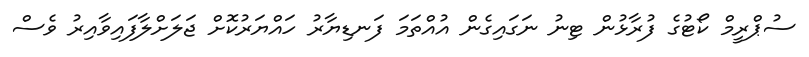
ސުޕްރީމް ކޯޓުގެ ފުރާޅުން ޓިނު ނަގައިގެން އުއްތަމަ ފަނޑިޔާރު ހައްޔަރުކޮށް ޖަލަށްލާފައިވާއިރު ވެސް